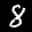
Label: 8